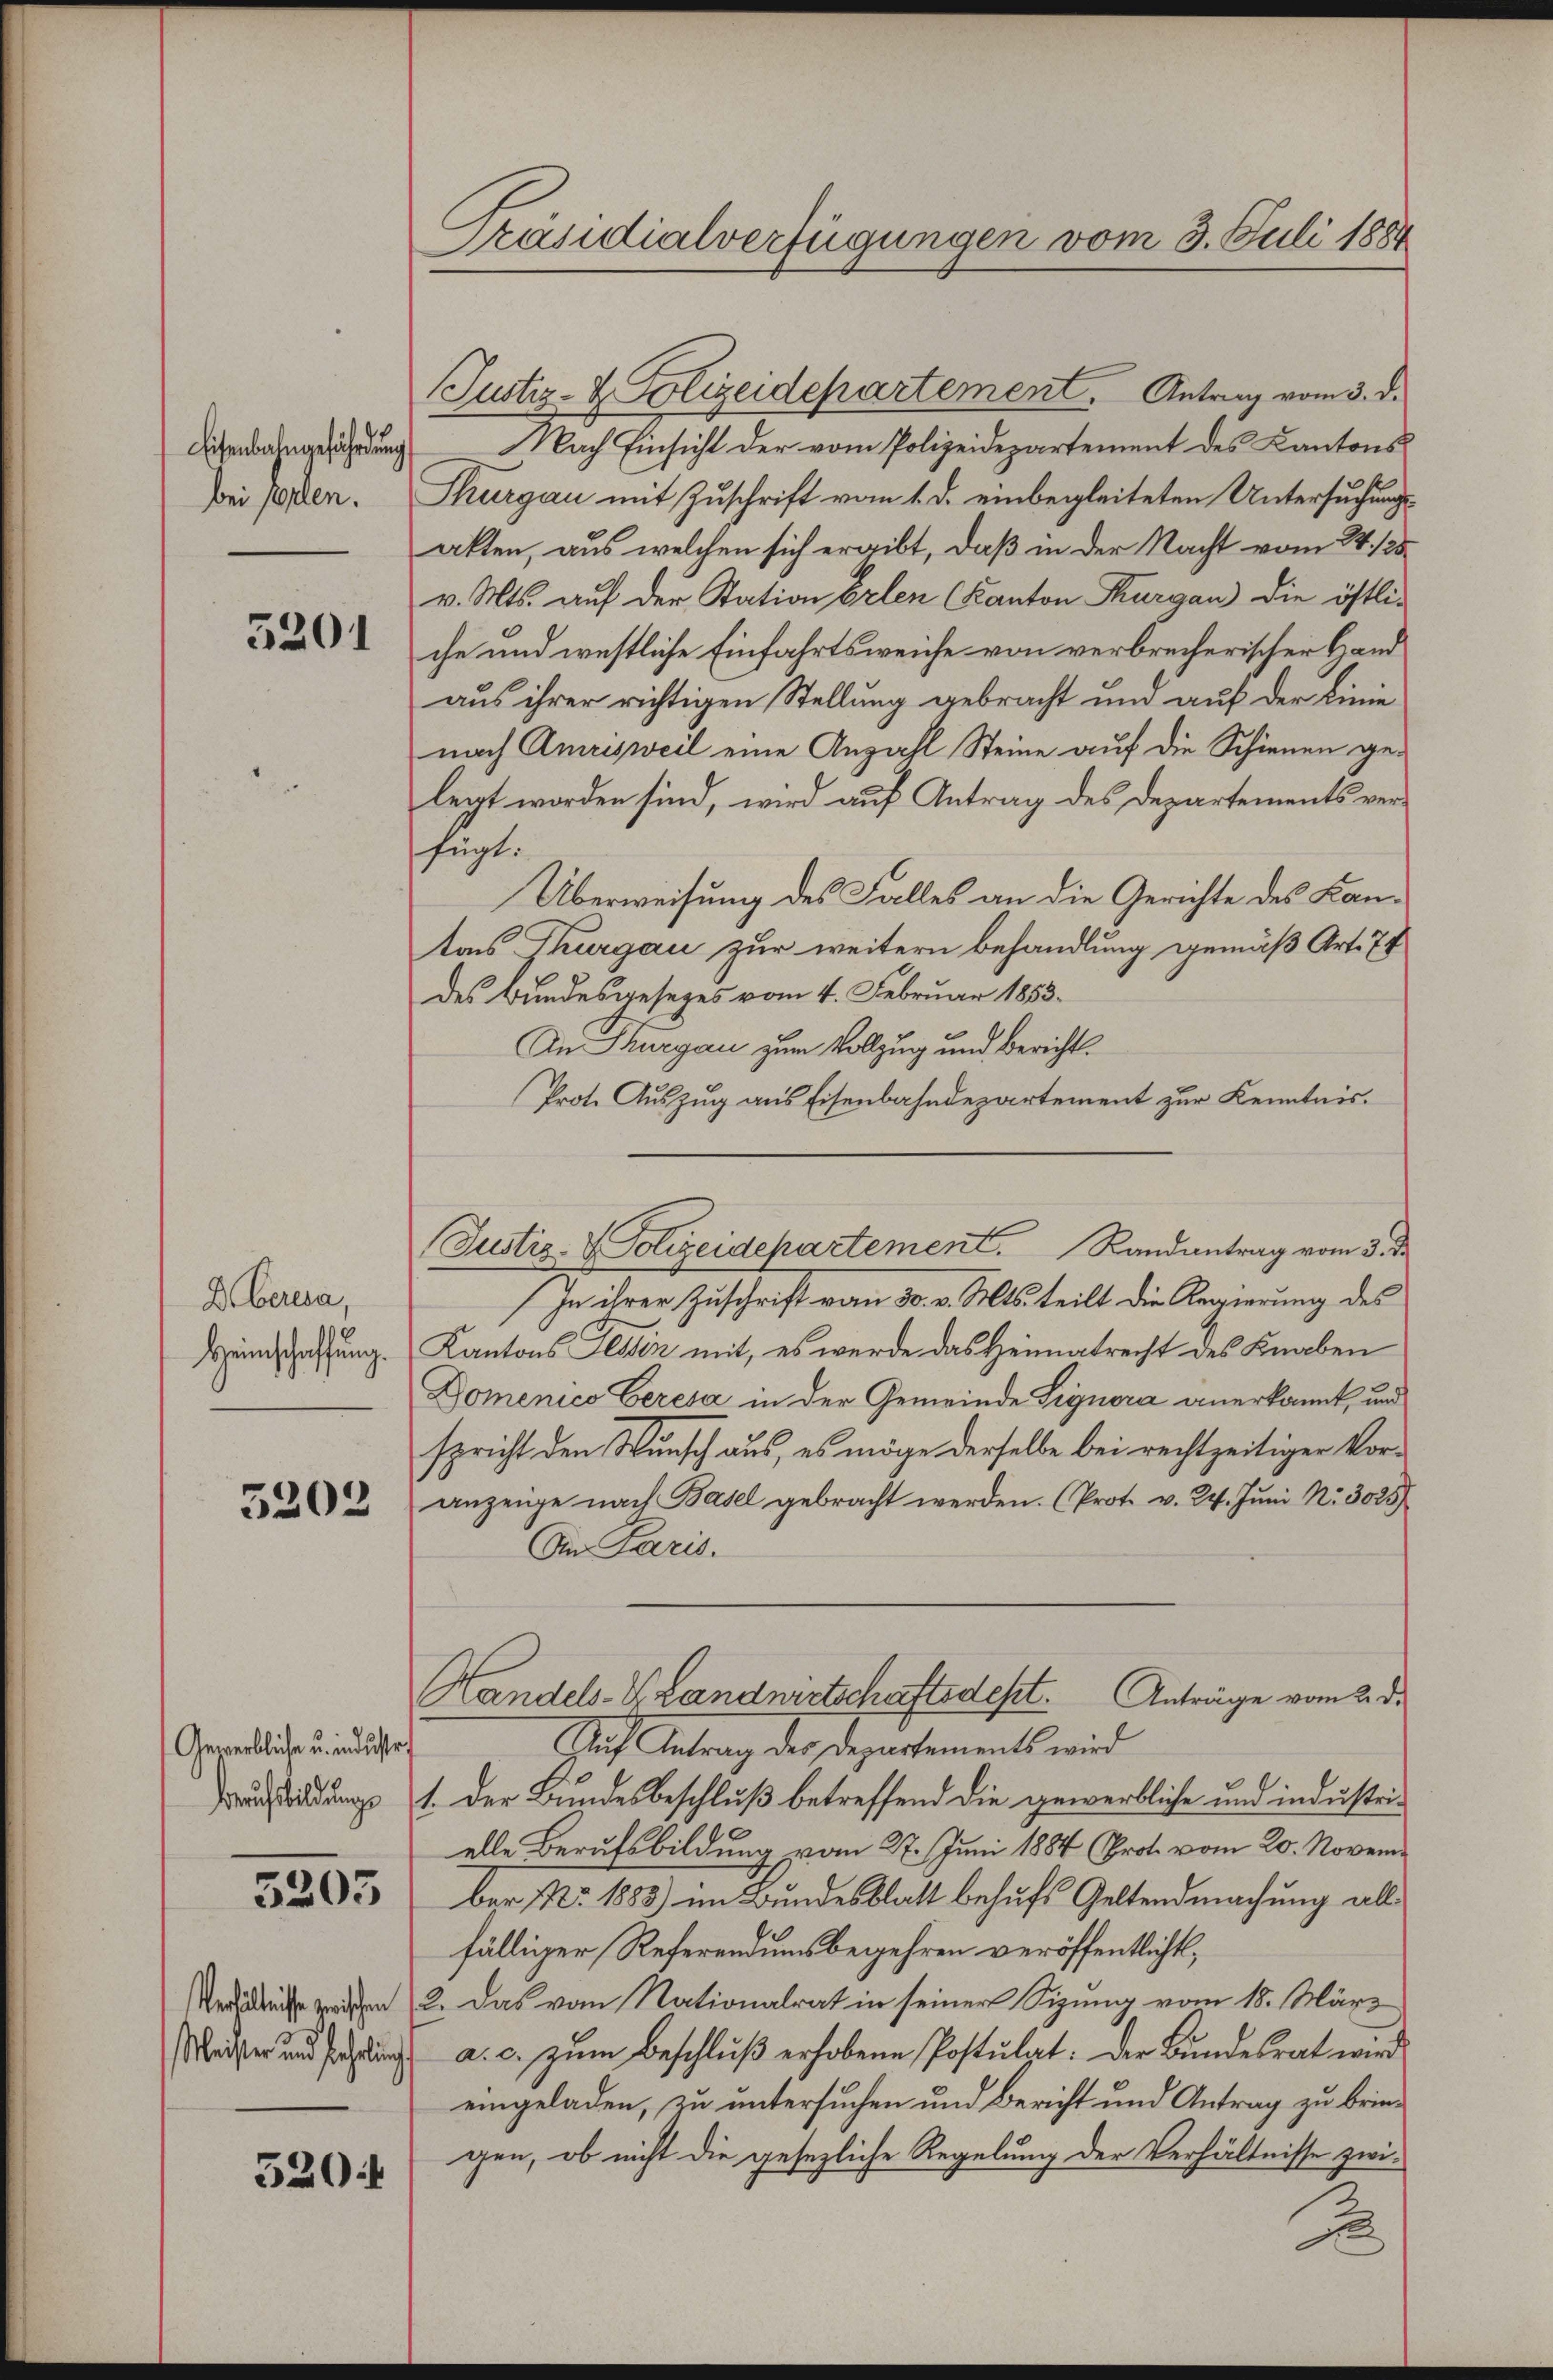
Eisenbahngefährdung
bei sollen.

5201

D.berna,
Heimschaffung.

5202

Gewerbliche u. industr

5205

Verhältnisse zwischen
Meister und fehlung

520 f

Präsidialverfügungen vom 3. Juli 1884

Justiz- & Polizeidepartement. Antrag vom 3. d.
Nach Einsicht der vom Polizeidepartement des Kantons¬
Thurgau mit Zuschrift vom 1. d. einbegleiteten Untersuchungsakten, aus welchen sich ergibt, daß in der Nacht vom 24./25.
v. Mts. auf der Station Erlen Kanton Thurgau) die östli-
che und westliche Einfahrtsweiche von verbrecherischer Hand
aus ihrer richtigen Stellung gebracht und auf der Linie
nach Amrisweil eine Anzahl Steine auf die Schienen gelegt worden sind, wird auf Antrag des Departements verhupt.
Überweisung des Falles an die Gerichte des Kantons Thurgau zur weitern behandlung gemäß Art. 74
des Bundesgesezes vom 4. Februar 1853.
An Thurgau zum Vollzug und Bericht¬
Prote Auszug aus Eisenbahndepartement zur Kenntnis¬
In ihrer Zuschrift vom 30. v. Mts. teilt die Regierung des
Kantons Tessin mit, es werde das Heimatrecht des Knaben
Domenico Ceresa in der Gemeinde Signera anerkannt, und
spricht den Wunsch aus, es möge derselbe bei rechtzeitiger Voranzeige nach Basel gebracht werden. (Prot. v. 24. Juni Nr. 3025)
Ain Paris.
Handels-V. Landwirtschaftsdest. Anträge vom 2. d.
Auf Antrag der Departements wird
Baustindung 1. der Bundesbeschluß betreffend die gewerbliche und industrielle Berufsbildung vom 27. Juni 1884 (Prot. vom 20. November, No. 1883) im Bundesblatt behufs Geltendmachung allfälliger Referendumsbegehren veröffentlicht,
2. Das vom Nationalrat in seiner Sitzung vom 18. März
a. c. zum Beschlŭβ erhobene Postulat: Der Bundesrat wird
eingeladen, zu untersuchen und Bericht und Antrag zu bringen, ob nicht die gesezliche Regelung der Verhältnisse zwi¬

Justiz- & Polizeidchartement. Randantrag vom 3. d.

e